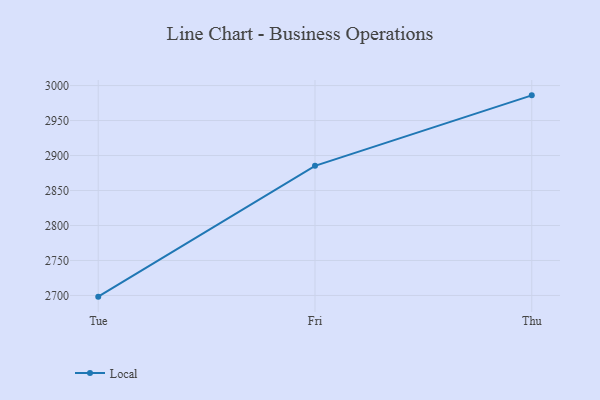
{"axis": {"x": "Day", "y": "Latency (ms)"}, "legend": ["Local"], "data": [{"x": "Tue", "y": 2698.3, "type": "Local"}, {"x": "Fri", "y": 2885.3, "type": "Local"}, {"x": "Thu", "y": 2986.0, "type": "Local"}]}